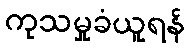
ကုသမှုခံယူရန်